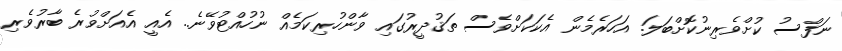
ނަފްސު ކުށްވެރިނުކޮށްބަލަ. އަހަރެމެން އެކަކަށްވެސް ތަޤުދީރުގައި ވާންހުރިކަމެއް ނުހުއްޓުވޭނެ.. އެއީ އެއަށްވުރެ ބާރުވެރި